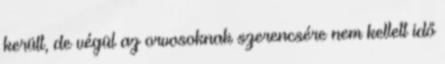
került, de végül az orvosoknak szerencsére nem kellett idő